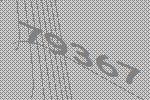
79367